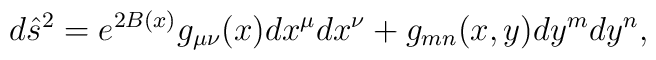
{d\hat{s}^2=e^{2B(x)}g_{\mu\nu}(x)dx^{\mu}dx^{\nu}+g_{mn}(x,y)dy^mdy^n,}